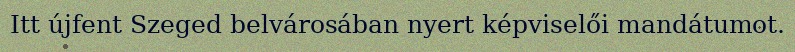
Itt újfent Szeged belvárosában nyert képviselői mandátumot.